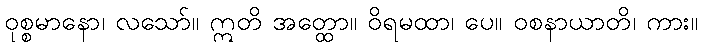
ဝုစ္စမာနော၊ လသော်။ ဣတိ အတ္ထော။ ဝိရမထာ၊ ပေ။ ဝစနာယာတိ၊ ကား။